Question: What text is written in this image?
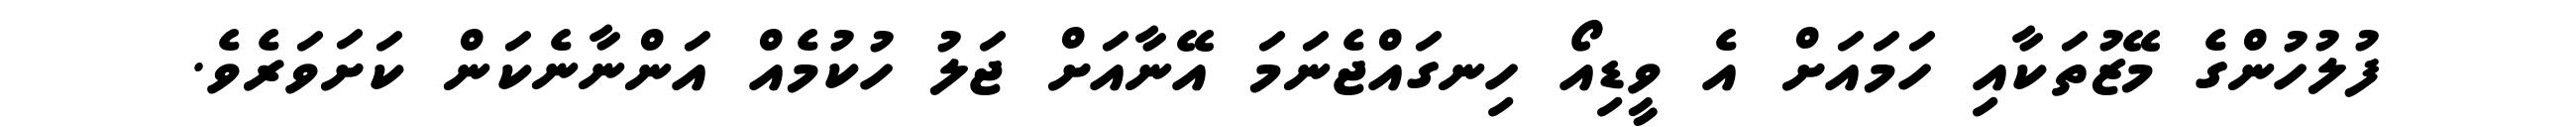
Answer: ފުލުހުންގެ މޭޒުތަކާއި ހަމައަށް އެ ވީޑިއޯ ހިނގައްޖެނަމަ އޭނާއަށް ޖަލު ހުކުމެއް އަންނާނެކަން ކަށަވަރެވެ.